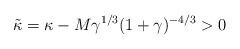
LaTeX: \begin{align*}\tilde\kappa=\kappa - M \gamma^{1/3}(1+\gamma)^{-4/3}>0\end{align*}